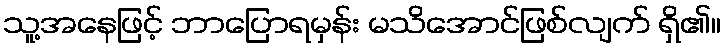
သူ့အနေဖြင့် ဘာပြောရမှန်း မသိအောင်ဖြစ်လျက် ရှိ၏။